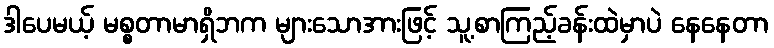
ဒါပေမယ့် မစ္စတာမာရှိဘက များသောအားဖြင့် သူ့စာကြည့်ခန်းထဲမှာပဲ နေနေတာ